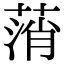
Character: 𦷟